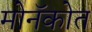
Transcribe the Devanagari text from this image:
मोनॅकोत